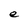
Character: e